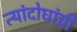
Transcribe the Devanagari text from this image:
त्यांदोघांची